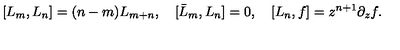
[ L _ { m } , L _ { n } ] = ( n - m ) L _ { m + n } , \quad [ \bar { L } _ { m } , L _ { n } ] = 0 , \quad [ L _ { n } , f ] = z ^ { n + 1 } \partial _ { z } f .